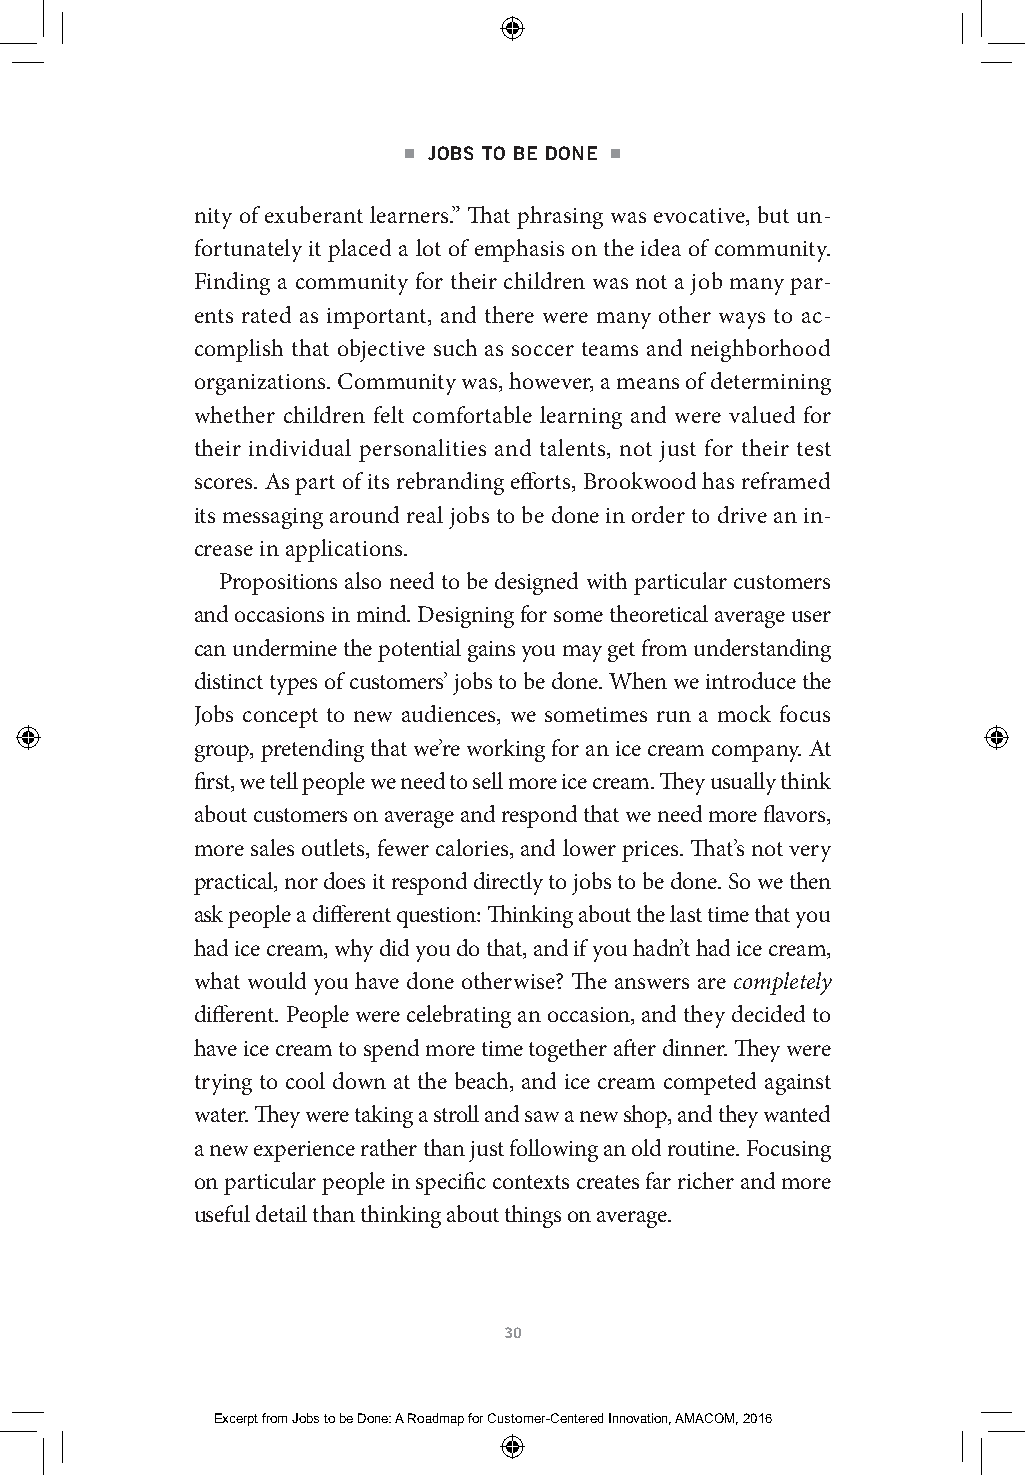
■ JOBS TO BE DONE ■
 nity of exuberant learners.” That phrasing was evocative, but un-
 fortunately it placed a lot of emphasis on the idea of community.
 Finding a community for their children was not a job many par-
 ents rated as important, and there were many other ways to ac-
 complish that objective such as soccer teams and neighborhood
 organizations. Community was, however, a means of determining
 whether children felt comfortable learning and were valued for
 their individual personalities and talents, not just for their test
 scores. As part of its rebranding efforts, Brookwood has reframed
 its messaging around real jobs to be done in order to drive an in-
 crease in applications.
 Propositions also need to be designed with particular customers
 and occasions in mind. Designing for some theoretical average user
 can undermine the potential gains you may get from understanding
 distinct types of customers’ jobs to be done. When we introduce the
 Jobs concept to new audiences, we sometimes run a mock focus
 group, pretending that we’re working for an ice cream company. At
 first, we tell people we need to sell more ice cream. They usually think
 about customers on average and respond that we need more flavors,
 more sales outlets, fewer calories, and lower prices. That’s not very
 practical, nor does it respond directly to jobs to be done. So we then
 ask people a different question: Thinking about the last time that you
 had ice cream, why did you do that, and if you hadn’t had ice cream,
 what would you have done otherwise? The answers are completely
 different. People were celebrating an occasion, and they decided to
 have ice cream to spend more time together after dinner. They were
 trying to cool down at the beach, and ice cream competed against
 water. They were taking a stroll and saw a new shop, and they wanted
 a new experience rather than just following an old routine. Focusing
 on particular people in specific contexts creates far richer and more
 useful detail than thinking about things on average.
 30
 Excerpt from Jobs to be Done: A Roadmap for Customer-Centered Innovation, AMACOM, 2016